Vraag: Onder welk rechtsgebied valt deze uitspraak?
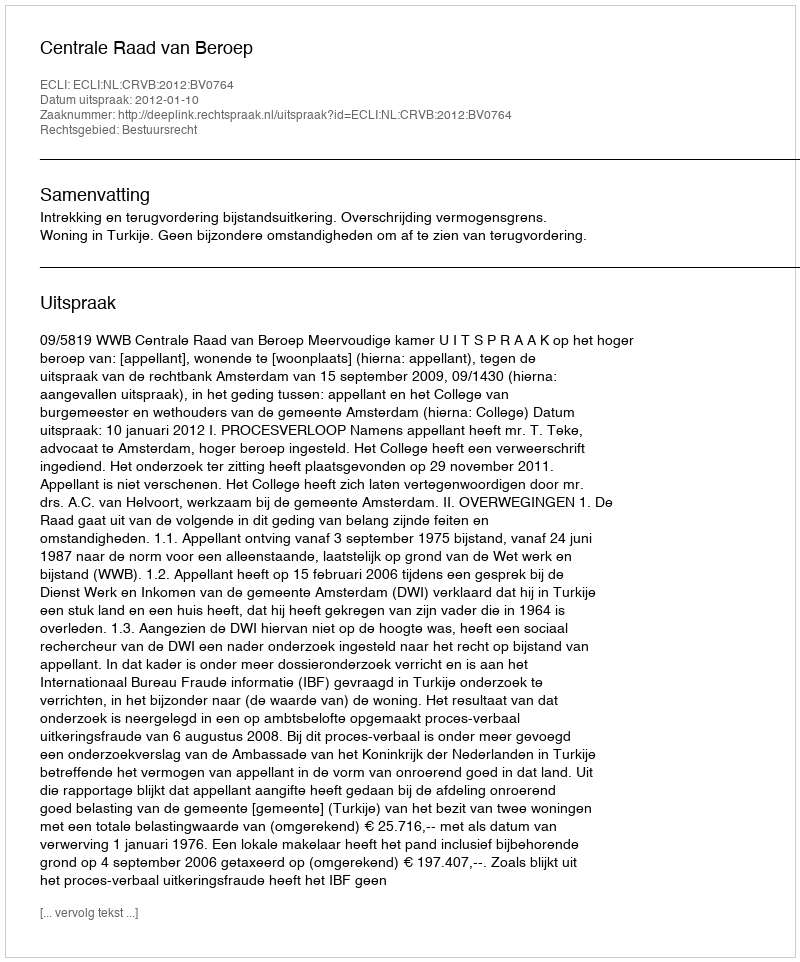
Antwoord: Bestuursrecht